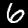
Digit: 6